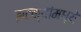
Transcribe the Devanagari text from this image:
झटक्यांमध्ये